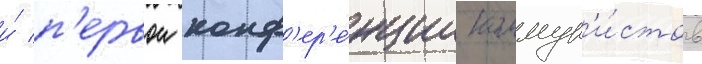
и́ п'ервои конф'ер'е́нции коммун'и́стов